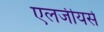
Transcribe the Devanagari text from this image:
एलजीयर्स